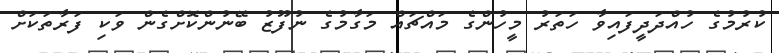
ކުރުމުގެ ހުއްދަދީފައިވާ ހަތަރު މީހުންގެ މައްޗައް މަގާމުގެ ނުފޫޒު ބޭނުންކޮށްގެން ވަކި ފަރާތަކަށް